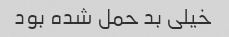
خیلی بد حمل شده بود